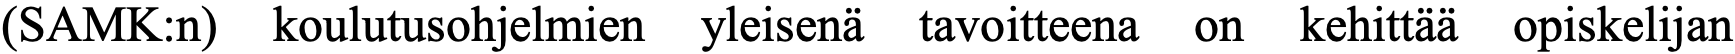
(SAMK:n) koulutusohjelmien yleisenä tavoitteena on kehittää opiskelijan